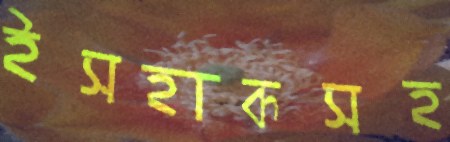
ইসহাকসহ